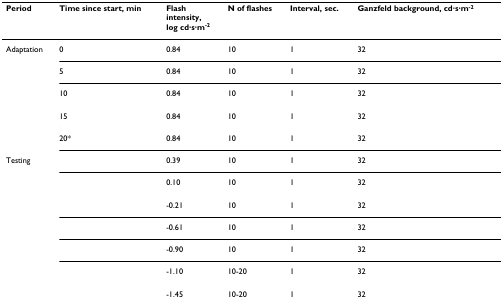
<table><thead><tr><td><b>Period</b></td><td><b>Time since start, min</b></td><td><b>Flashintensity,log cd·s·m<sup>-2</sup></b></td><td><b>N of flashes</b></td><td><b>Interval, sec.</b></td><td><b>Ganzfeld background, cd·s·m<sup>-2</sup></b></td></tr></thead><tbody><tr><td>Adaptation</td><td>0</td><td>0.84</td><td>10</td><td>1</td><td>32</td></tr><tr><td></td><td>5</td><td>0.84</td><td>10</td><td>1</td><td>32</td></tr><tr><td></td><td>10</td><td>0.84</td><td>10</td><td>1</td><td>32</td></tr><tr><td></td><td>15</td><td>0.84</td><td>10</td><td>1</td><td>32</td></tr><tr><td></td><td>20*</td><td>0.84</td><td>10</td><td>1</td><td>32</td></tr><tr><td>Testing</td><td></td><td>0.39</td><td>10</td><td>1</td><td>32</td></tr><tr><td></td><td></td><td>0.10</td><td>10</td><td>1</td><td>32</td></tr><tr><td></td><td></td><td>-0.21</td><td>10</td><td>1</td><td>32</td></tr><tr><td></td><td></td><td>-0.61</td><td>10</td><td>1</td><td>32</td></tr><tr><td></td><td></td><td>-0.90</td><td>10</td><td>1</td><td>32</td></tr><tr><td></td><td></td><td>-1.10</td><td>10-20</td><td>1</td><td>32</td></tr><tr><td></td><td></td><td>-1.45</td><td>10-20</td><td>1</td><td>32</td></tr></tbody></table>